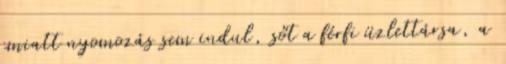
emiatt nyomozás sem indul, sőt a férfi üzlettársa, a